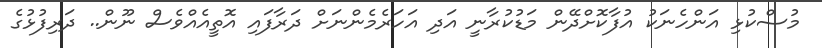
މުސްކުޅި އަންހެނަކު އުފާކޮށްދޭން މަޑުކުރާނީ އަދި އަހަރެމެންނަށް ދަރާފައި އޮތީއެއްވެސް ނޫން.. ދަރިފުޅުގެ